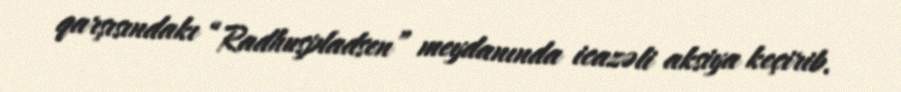
qarşısındakı “Radhuspladsen” meydanında icazəli aksiya keçirib.